Vaccination in the Punjab 1905-1918 - 1905-1918
Year: 1905
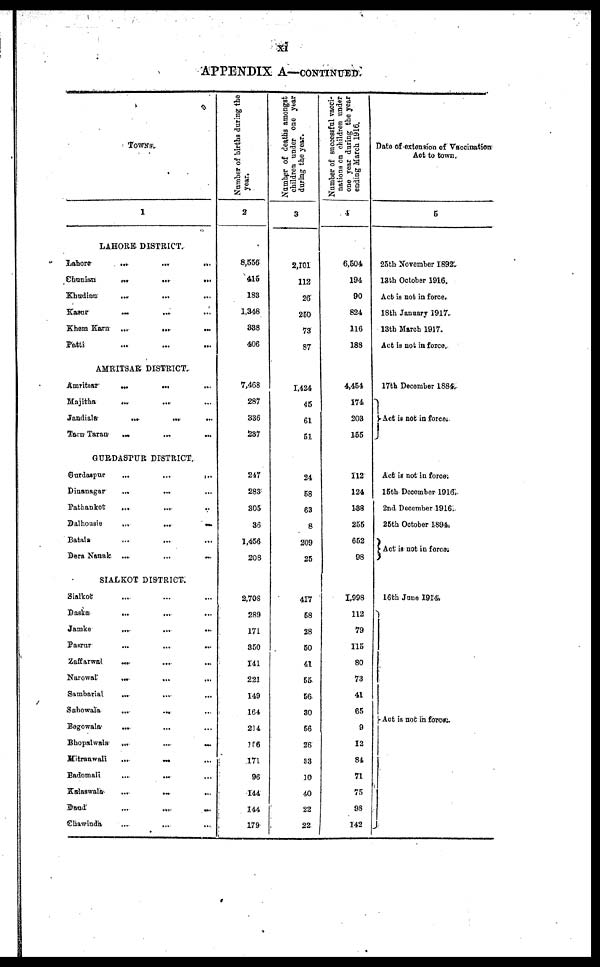
xi
APPENDIX A—CONTINUED.
TOWNS.
1
LAHORE DISTRICT.
Lahore
...
...
...
Chunian
...
...
...
Khudian
... ...
Kasur
... ... ...
Khem Karn ...
... ...
Patti ... ... ...
AMRITSAR DISTRICT.
Àmritsar ... ... ...
Majitha
...
... ...
Jandiala
...
...
...
Tarn Taran
... ... ...
GURDASPUR DISTRICT.
Gurdaspur
...
...
...
Dinanagar ... ... ...
Pathankot ... ... ...
Dalhousie
...
...
...
Batala ... ... ...
Dera Nanak ...
...
...
SIALKOT DISTRICT.
Sialkot ... ... ...
Daska ... ... ...
Jamke ... ... ...
Pasrur ... ... ...
Zaffarwal ... ... ...
Narowal
... ... ...
Sambarial ... ... ...
Sahowala
...
... ...
Begowala ... ... ...
Bhopalwala
...
...
...
Mitranwali
...
...
...
Badomali ... ... ...
Kalsawala ... ... ...
Dand ... ... ...
Chawinda ... ... ...
Number of births during the
year.
2
8,556
415
183
1,348
888
406
7,468
287
336
237
247
283
305
36
1,456
208
2,708
289
171
350
141
221
149
164
214
156
171
96
144
144
179
Number of deaths amongst
children under one year
during the year.
3
2,101
112
26
250
73
87
1,424
45
61
51
24
58
63
8
209
25
417
58
28
50
41
55
56
30
56
26
83
10
40
22
22
Number of successful vacci-
nations on children under
one year during the year
ending March 1916.
4
6,504
194
90
824
116
188
4,454
174
208
155
112
124
188
255
652
98
1,998
112
79
115
80
73
41
65
9
12
84
71
75
98
142
Date of extension of Vaccination
Act to town.
5
25th November 1892.
13th October 1916.
Act is not in force.
18th January 1917.
13th March 1917.
Act it not in force.
17th December 1884.
Act is not in force.
Act is not in force.
15th December 1916.
2nd December 1916.
25th October 1894.
Act is not in force.
16th June 1914.
Act is not in force.